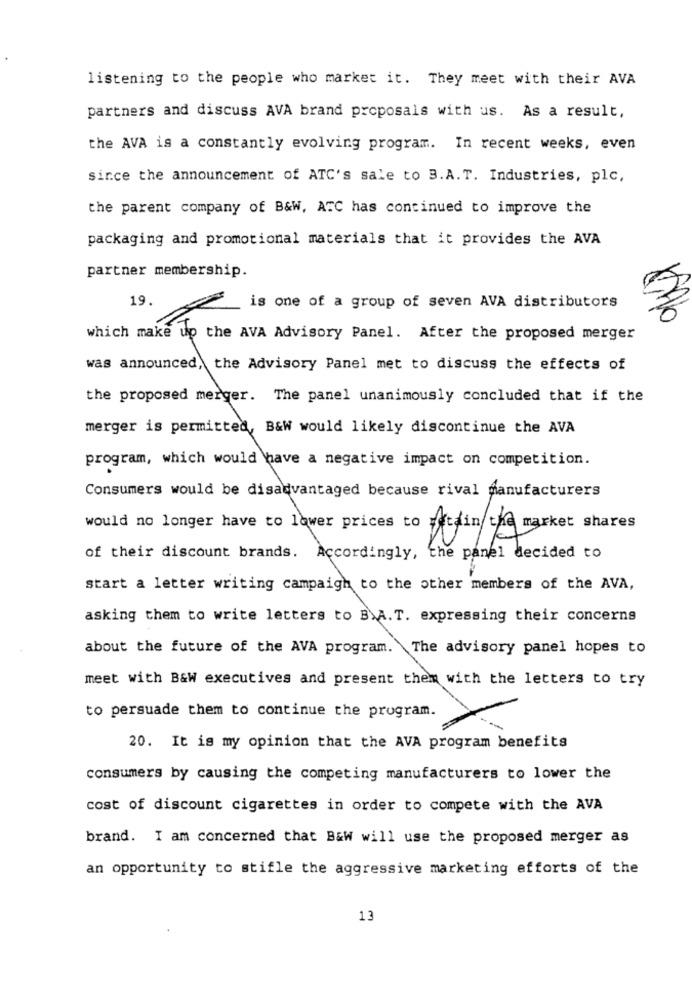
listening to the people who market it. They meet with their AVA
partners and discuss AVA brand proposals with us. As a result,
the AVA is a constantly evolving program. In recent weeks, even
since the announcement of ATC's sale to B.A.T. Industries, plc,
the parent company of B&W, ATC has continued to improve the
packaging and promotional materials that it provides the AVA
partner membership.
19.
is one of a group of seven AVA distributors
which make up the AVA Advisory Panel. After the proposed merger
was announced, the Advisory Panel met to discuss the effects of
the proposed merger. The panel unanimously concluded that if the
merger is permitted, B&W would likely discontinue the AVA
program, which would have a negative impact on competition.
Consumers would be disadvantaged because rival manufacturers
would no longer have to lower prices to
of their discount brands. Accordingly, the panel decided to
start a letter writing campaign to the other members of the AVA,
asking them to write letters to B.A.T. expressing their concerns
about the future of the AVA program. The advisory panel hopes to
meet with B&W executives and present them with the letters to try
to persuade them to continue the program.
20. It is my opinion that the AVA program benefits
consumers by causing the competing manufacturers to lower the
cost of discount cigarettes in order to compete with the AVA
brand. I am concerned that B&W will use the proposed merger as
an opportunity to stifle the aggressive marketing efforts of the
13